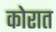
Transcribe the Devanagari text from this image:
कोरात